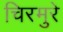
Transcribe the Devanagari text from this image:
चिरमुरे